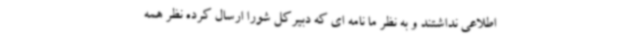
اطلاعی نداشتند و به نظر ما نامه ای که دبیرکل شورا ارسال کرده نظر همه